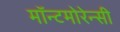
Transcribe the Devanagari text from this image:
मॉन्टमोरेन्सी